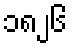
၁၈၂၆